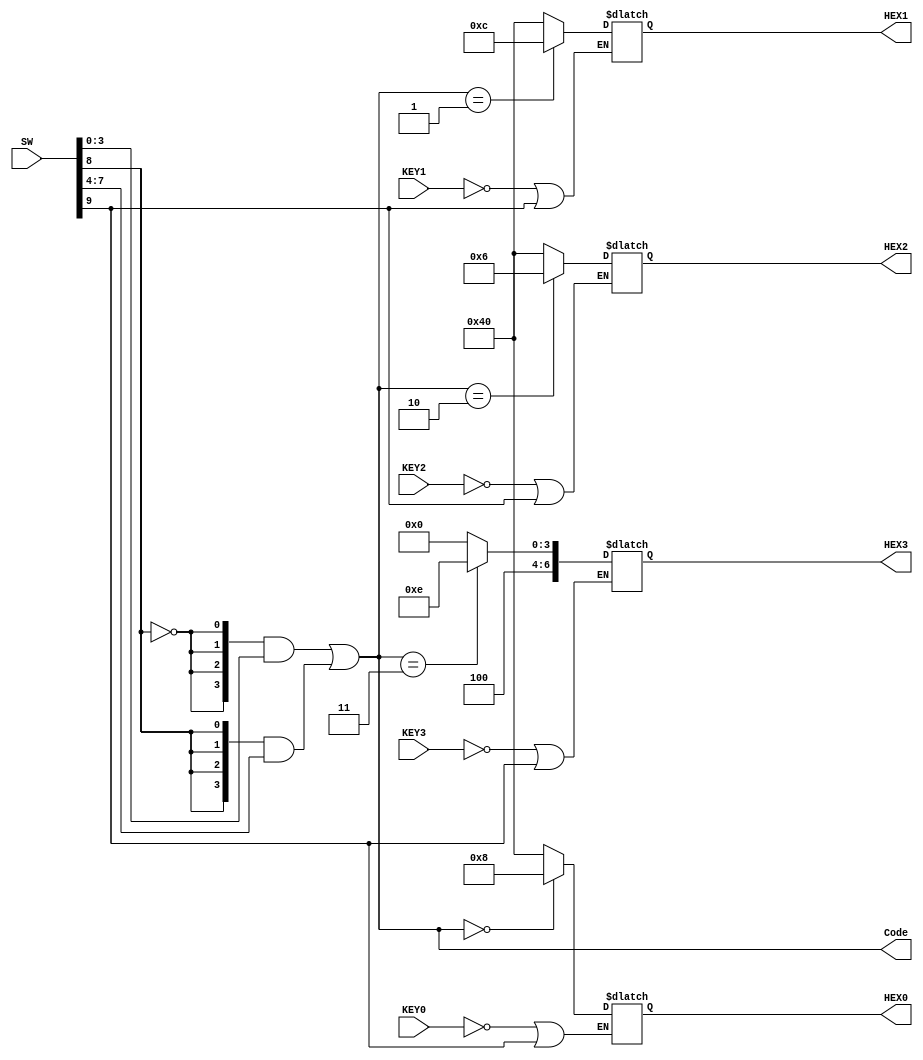
module lab2 (
	input KEY0,
	input KEY1,
	input KEY2,
	input KEY3,
	input [9:0] SW,
	output [3:0] Code,
	output reg [6:0] HEX0,
	output reg [6:0] HEX1,
	output reg [6:0] HEX2,
	output reg [6:0] HEX3
	
);
	//      ,    
	assign Code[3:0] = ({4{~SW[8]}} & SW[3:0]) | ({4{SW[8]}} & SW[7:4]);
	always @*
		begin
			if(~KEY0 | SW[9]) begin
				case(Code[3:0])
					4'd0: HEX0 = 7'b0001000; //  
					default: HEX0 = 7'b1000000;
				endcase
			end
	end
	
	always @*
		begin
			if(~KEY1 | SW[9]) begin
				case(Code[3:0])
					4'd1: HEX1 = 7'b0001100; //  
					default: HEX1 = 7'b1000000;
				endcase
			end
	end
	
	always @*
		begin
			if(~KEY2 | SW[9]) begin
				case(Code[3:0])
					4'd2: HEX2 = 7'b0000110; //  
					default: HEX2 = 7'b1000000;
				endcase
			end

	end
	always @*
		begin
			if(~KEY3 | SW[9]) begin
				case(Code[3:0])
					4'd3: HEX3 = 7'b1001110; //  
					default: HEX3 = 7'b1000000;
				endcase
			end
	end

endmodule